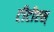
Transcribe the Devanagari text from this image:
टीटीएस्